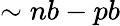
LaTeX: \sim nb-pb